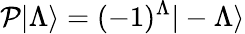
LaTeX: \mathcal{P}|\Lambda\rangle=(-1)^{\Lambda}|-\Lambda\rangle